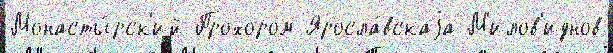
Монасты́рск'ий Прохором Яросла́вскаjа М'илов'иднов